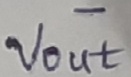
Text: -Vout